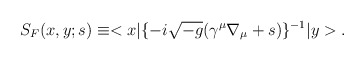
\begin{align*}S_{F}(x,y;s) \equiv <x|\{-i\sqrt{-g}(\gamma^{\mu}\nabla_{\mu} + s)\}^{-1}|y> . \end{align*}